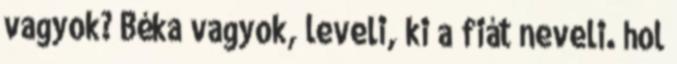
vagyok? Béka vagyok, leveli, ki a fiát neveli. hol